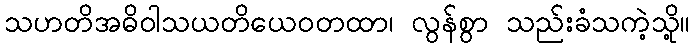
သဟတိအဓိဝါသယတိယေဝတထာ၊ လွန်စွာ သည်းခံသကဲ့သို့။